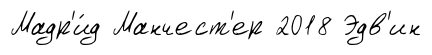
Мадр'и́д Манчест'ер 2018 Эдв'ин